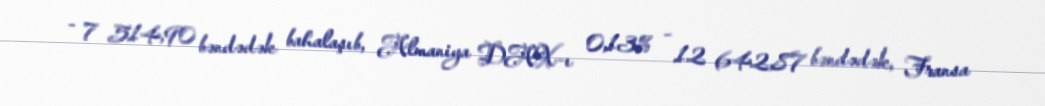
- 7 514,90 bəndədək bahalaşıb, Almaniya DAX-ı 0,13% - 12 642,87 bəndədək, Fransa